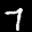
Label: 7